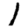
Digit: 1